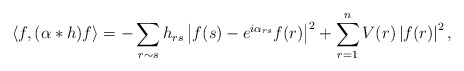
\begin{align*}\langle f, (\alpha*h)f \rangle = -\sum_{r \sim s} h_{rs}\left|f(s) - e^{i\alpha_{rs}}f(r)\right|^2 + \sum_{r=1}^n V(r) \left|f(r)\right|^2, \end{align*}